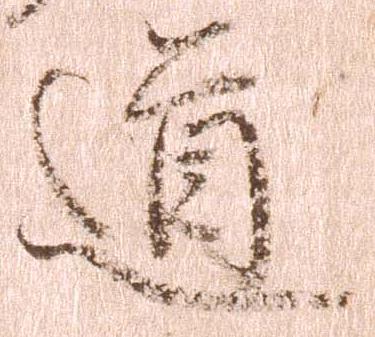
道